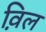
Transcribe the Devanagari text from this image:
व़िल